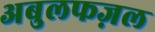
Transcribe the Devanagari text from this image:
अबुलफज़ल